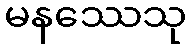
မနဿေသု